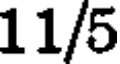
11/5